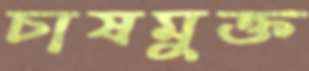
চাষমুক্ত